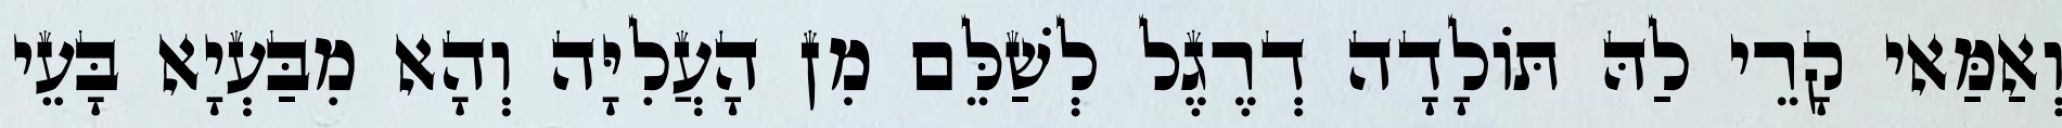
וְאַמַּאי קָרֵי לַהּ תּוֹלָדָה דְרֶגֶל לְשַׁלֵּם מִן הָעֲלִיָּה וְהָא מִבַּעְיָא בָּעֵי